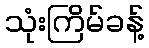
သုံးကြိမ်ခန့်